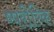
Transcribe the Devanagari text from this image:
ष्षरीरिक